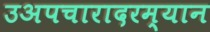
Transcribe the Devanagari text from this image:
उअपचारादरम्यान